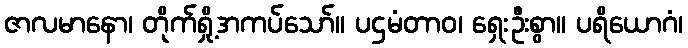
ဇာလမာနော၊ တိုက်ရှို့အကပ်သော်။ ပဌမံတာဝ၊ ရှေးဦးစွာ။ ပရိယောဂံ၊